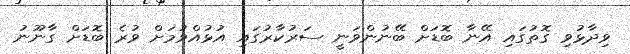
ވިދާޅުވި ގޮތުގައި އޭނާ ބޮޑަށް ބޭނުންވަނީ ސަރުކާރުގައި އުޅުއްވުމަށް ވުރެ ބޮޑަށް ގާނޫނު